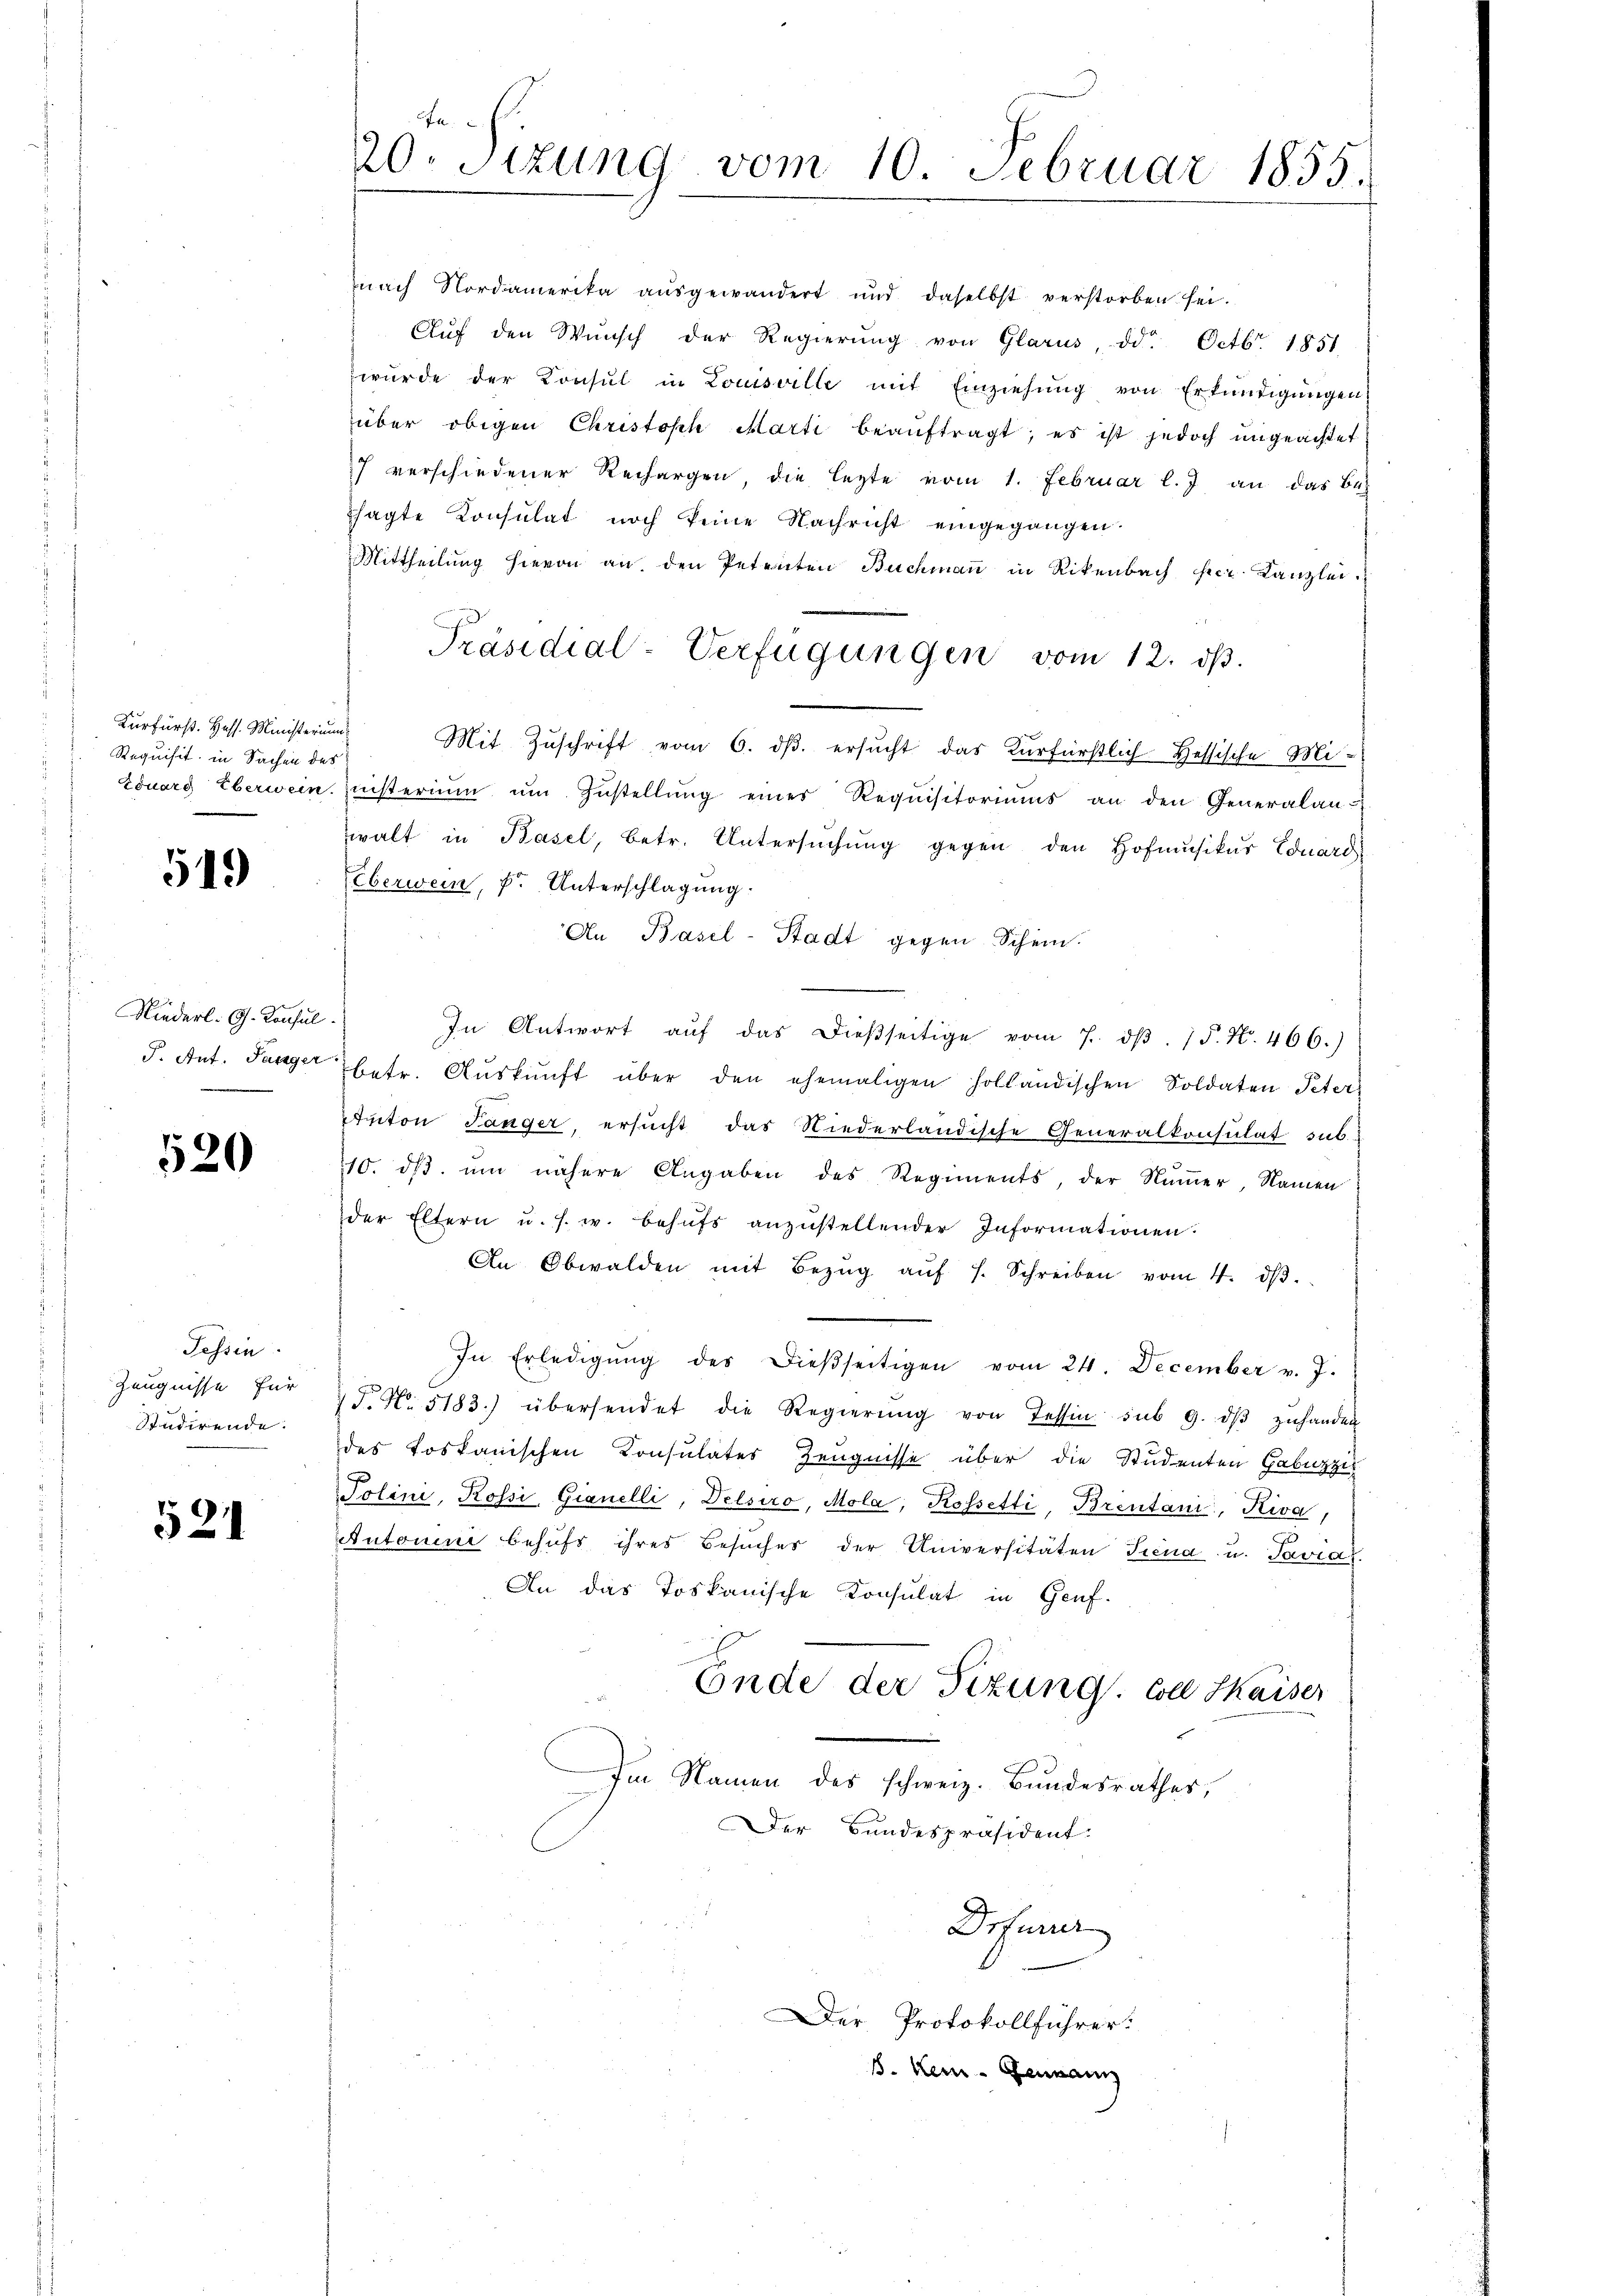
Kurfürst. Hess. Ministerium
Requisit in Sachen des

519

Niederl. G. Konsul
P. Ant. Pariger

520

Tessin.
Zeugnisse für
Studirende.

521

20. Sizung vom 10. Februar 1855.

nach Nordamerika aŭsgewandert und daselbst verstorben sei.
Aŭf den Wŭnsch der Regierŭng von Glarus, dd. Octbr. 1851
wurde der Konsul in Louisville mit Einziehung von Erkundigungen
über obigen Christoph Marti beaŭftragt, es ist jedoch ungeachtet
7 verschiedener Rechargen, die lezte vom 1. Februar l. J. an das Be-
csagte Konsulat noch keine Nachricht eingegangen.
Mittheilung hievon an den Petenten Buchmaṅ in Rikenbach per Kanzlei.
Mit Zuschrift vom 6. ds. ersucht das Kurfürstlich Hessische Mi-
töuorg Eberwein. Einsterium um Zustellŭng eines Requisitoriums an den Generalan-
walt in Basel, betr. Untersŭchŭng gegen den Hofmŭsiker Eduard
Elberwein, Fr. Unterschlagung.
An Basel-Stadt gegen Schein.
In Antwort aŭf das dießseitige vom 7. dβ. P. N. 466.)
betr. Aŭskŭnft über den ehemaligen holländischen Soldaten Peter
tuiton Länger, ersucht das Niederländische Generalkonsulat sub
110. dβ. um nähere Angaben des Regiments, der Numer, Namen
der Eltern u. s. w. behŭfs anzŭstellender Informationen.
An Obwalden mit Bezŭg aŭf s. Schreiben vom 4. dβ.
In Erledigŭng des dieβseitigen vom 24. December v. J.
F. No. 5183.) übersendet die Regierŭng von Tessin sub 9. dβ zŭhanden
des toskanischen Konsulates Zeugnisse über die Studenten Gabuzzi
Tolini, Rossi, Gianelli, Delsiro, Mola, Rossetti, Brentani, Kiva,
Autoueni behufs ihres Besuches der Universitäten Siena u. Savial
An das Toskanische Konsulat in Genf.
Ende der Sizung. Coll Kaiser
Im Namen des schweiz. Bundesrathes,
Der Bundespräsident.
Drfuser
Der Protokollführer

Präsidial-Verfügungen vom 12. dβ.

8. Kein - Genann